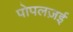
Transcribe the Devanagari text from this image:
पोपलज़ई